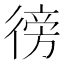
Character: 徬